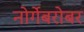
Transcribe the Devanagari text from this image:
नोर्गेबरोबर